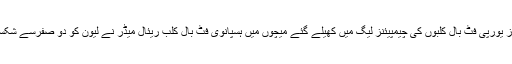
بدھ کے روز یورپی فٹ بال کلبوں کی چیمپیئنز لیگ میں کھیلے گئے میچوں میں ہسپانوی فٹ بال کلب ریئال میڈر نے لیون کو دو صفرسے شکست دے دی۔